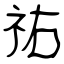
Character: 祐